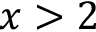
x > 2